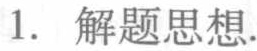
1. 解题思想.